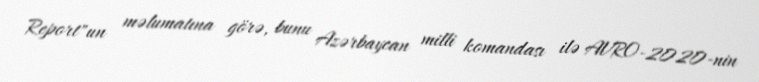
Report"un məlumatına görə, bunu Azərbaycan milli komandası ilə AVRO-2020-nin